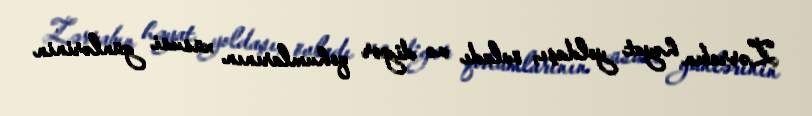
Zərrabın həyat yoldaşı, övladı və digər qohumlarının xüsusi günlərinin